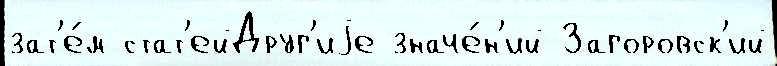
зат'е́м стат'ейДруг'иjе значе́н'ий Загоровск'ий